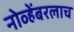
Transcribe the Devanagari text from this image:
नोव्हेंबरलाच